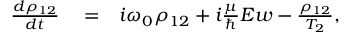
\begin{array} { r l r } { \frac { d \rho _ { 1 2 } } { d t } } & { { } = } & { i \omega _ { 0 } \rho _ { 1 2 } + i \frac { \mu } { \hbar } E w - \frac { \rho _ { 1 2 } } { T _ { 2 } } , } \end{array}